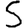
Digit: 5